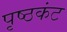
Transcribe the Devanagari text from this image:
पृष्ठकंट